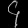
Digit: ၄